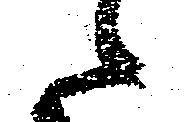
候